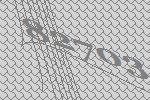
82703